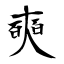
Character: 奭